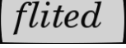
flited